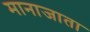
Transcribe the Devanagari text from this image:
मानाजाता